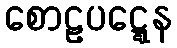
စောဠပဋ္ဋေန